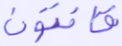
قانتون